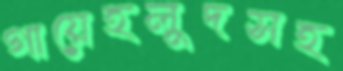
গায়েহলুদসহ